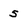
Character: 5